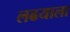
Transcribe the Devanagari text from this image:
लढयाला